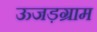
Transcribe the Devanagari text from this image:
ऊजड़ग्राम